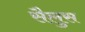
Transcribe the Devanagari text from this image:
सैलुस